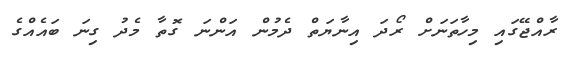
ރާއްޖޭގައި މިހާތަނަށް ރޯދަ އިނާޔަތް ދެމުން އަންނަ ގޮތާ މެދު ގިނަ ބައެއްގެ